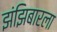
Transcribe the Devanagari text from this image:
झंझिबारला